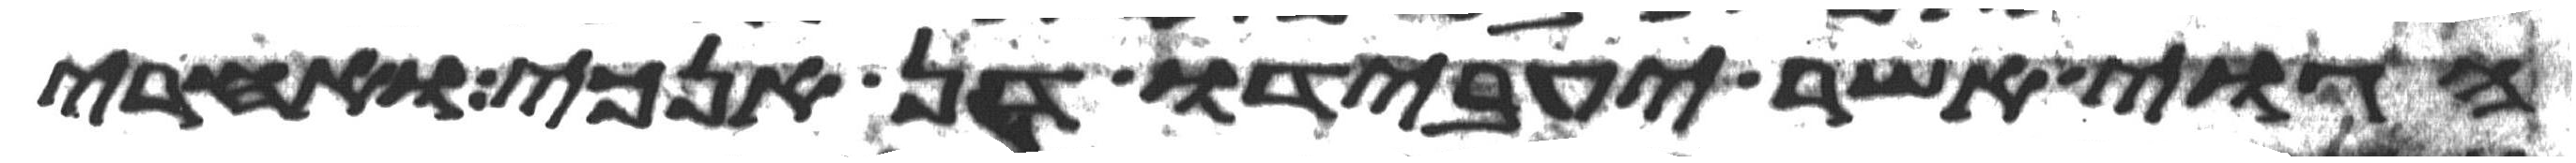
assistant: הגוי אשר יעבדו דן אנכי ואחרי